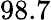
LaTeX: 98.7